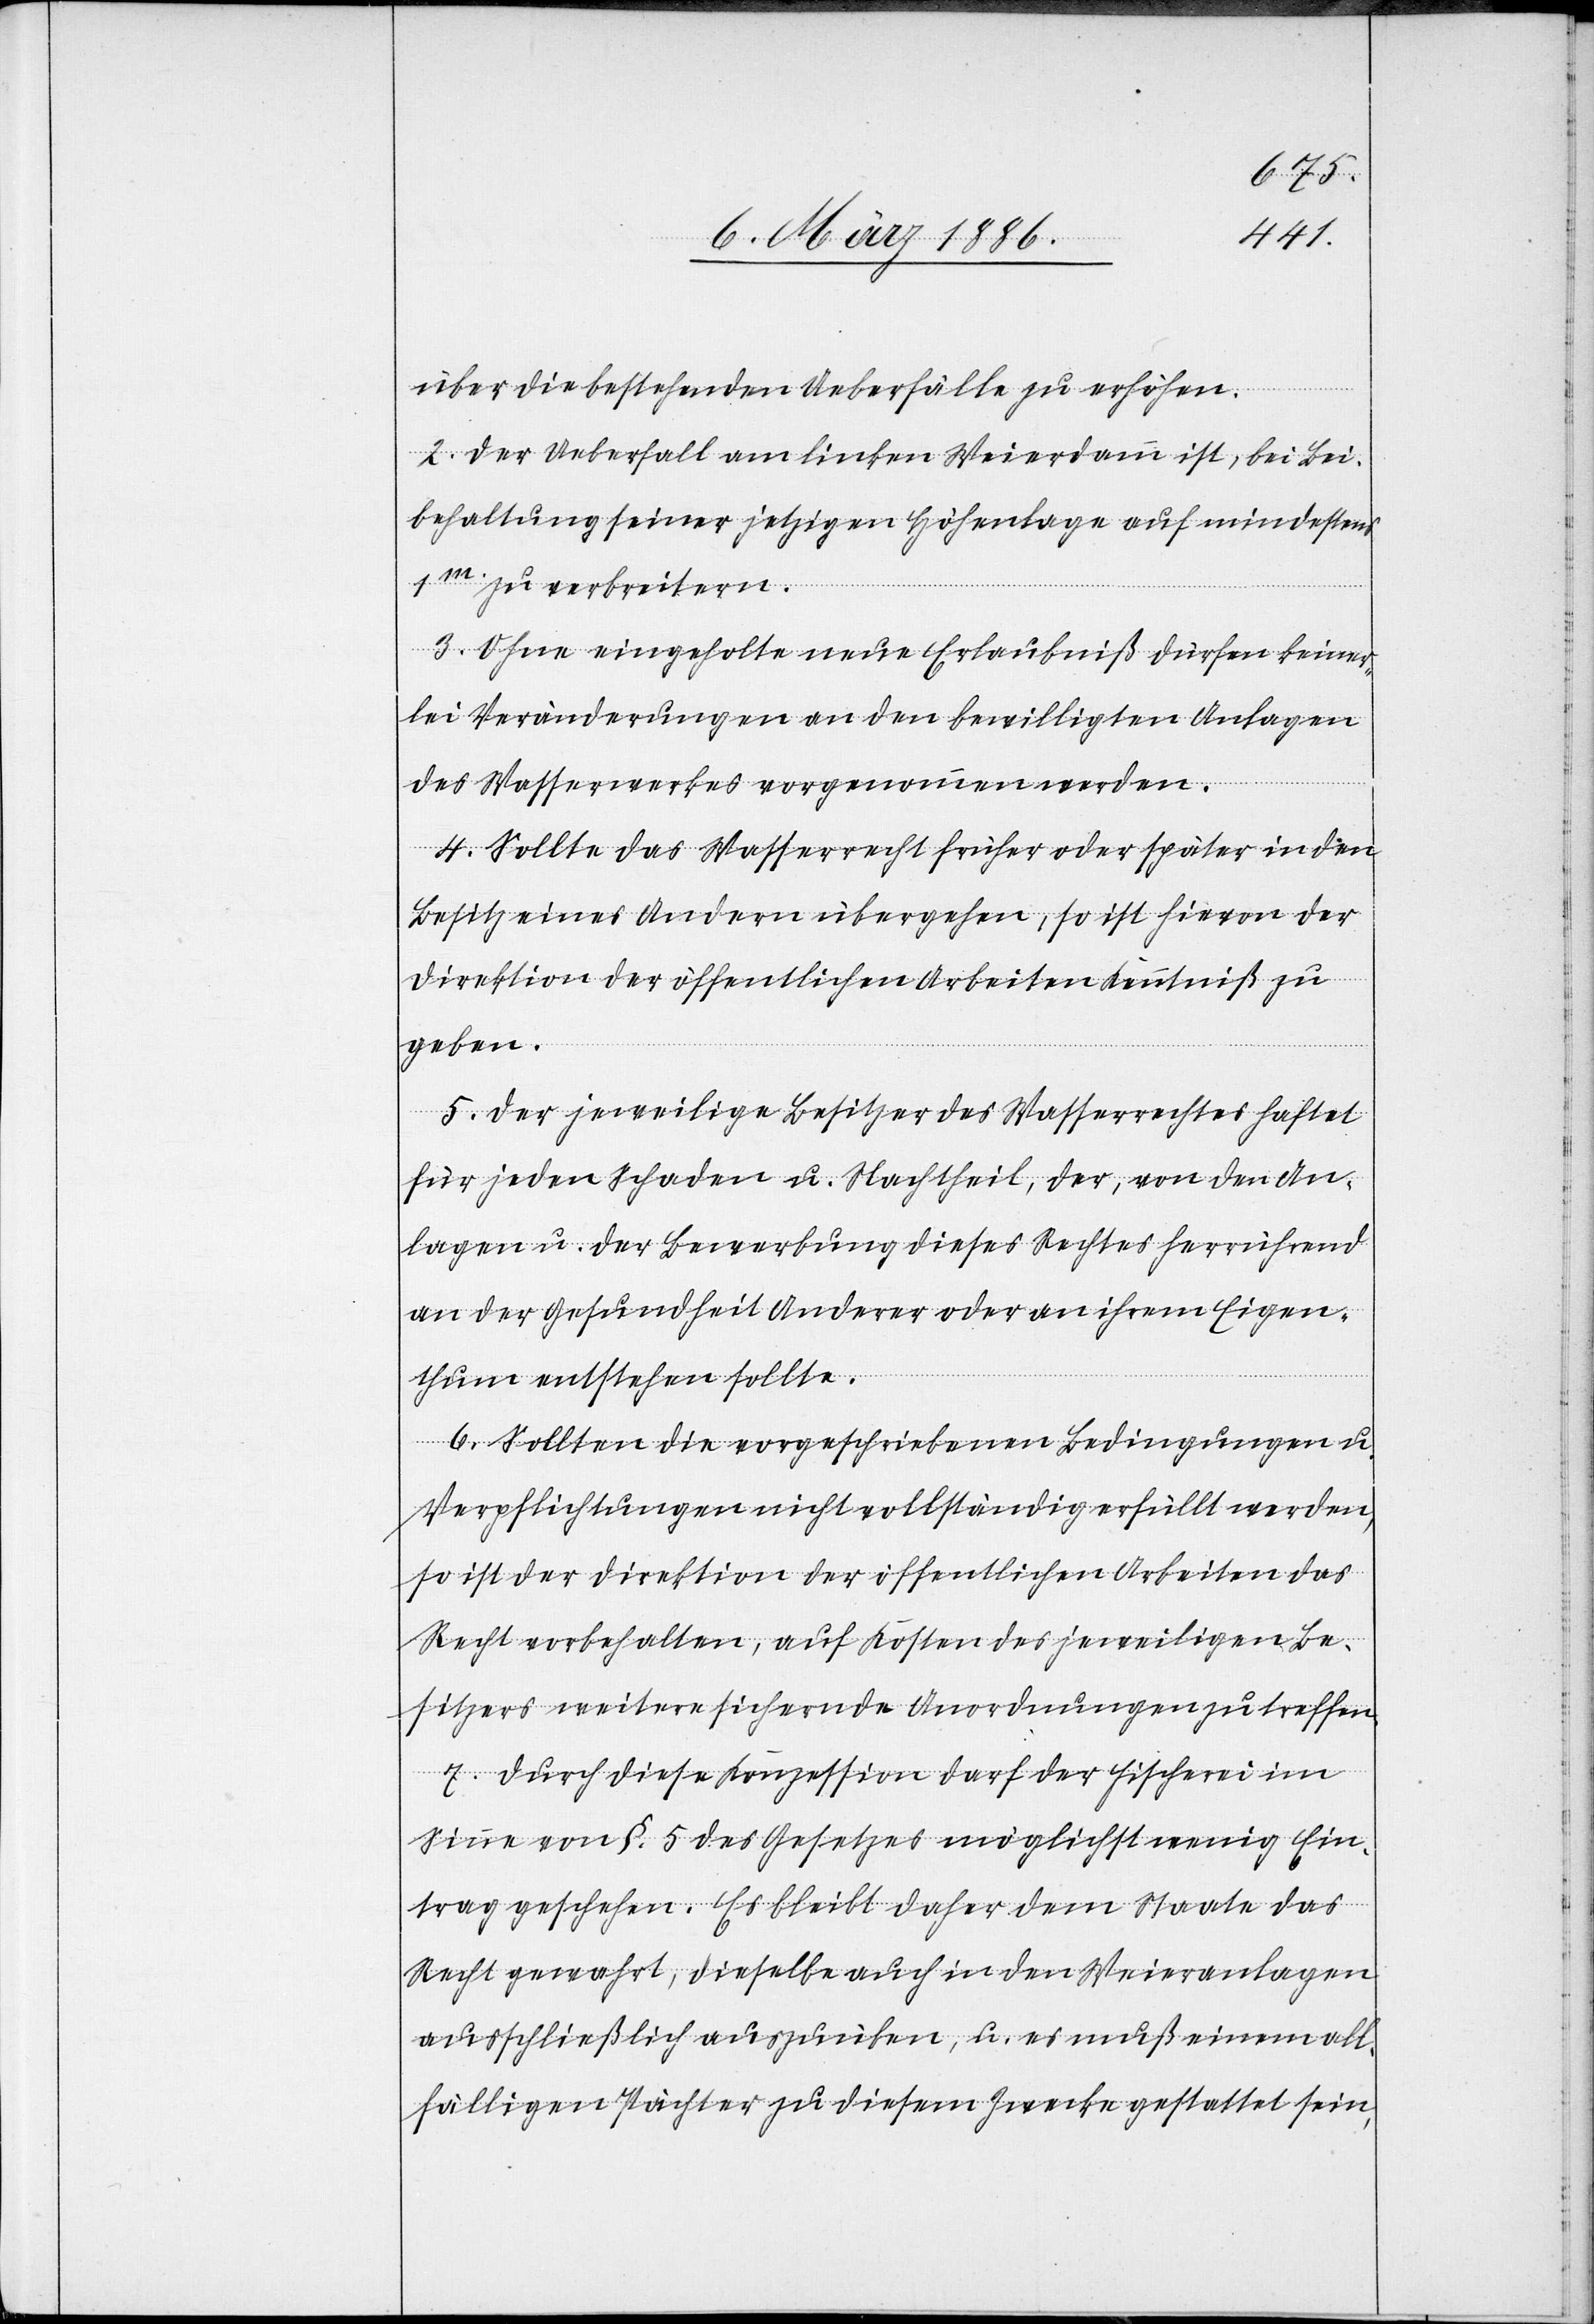
über die bestehenden Ueberfälle zu erhöhen.
2. Der Ueberfall am linken Weierdamm ist, bei Bei¬
behaltung seiner jetzigen Höhenlage auf mindestens
1m. zu verbreitern.
3. Ohne eingeholte neue Erlaubniß dürfen keiner¬
lei Veränderungen an den bewilligten Anlagen
des Wasserwerkes vorgenommen werden.
4. Sollte das Wasserrecht früher oder später in den
Besitz eines Andern übergehen, so ist hievon der
Direktion der öffentlichen Arbeiten Kenntniß zu
geben.
5. Der jeweilige Besitzer des Wasserrechtes haftet
für jeden Schaden u. Nachtheil, der, von den An¬
lagen u. der Bewerbung dieses Rechtes herrührend
an der Gesundheit Anderer oder an ihrem Eigen¬
thum entstehen sollte.
6. Sollten die vorgeschriebenen Bedingungen u.
Verpflichtungen nicht vollständig erfüllt werden,
so ist der Direktion der öffentlichen Arbeiten das
Recht vorbehalten, auf Kosten des jeweiligen Be¬
sitzers weitere sichernde Anordnungen zu treffen.
7. Durch diese Konzession darf der Fischerei im
Sinne von §. 5 des Gesetzes möglichst wenig Ein¬
trag geschehen. Es bleibt daher dem Statte das
Recht gewahrt, dieselbe auch in den Weieranlagen
ausschließlich auszuüben, u. es muß einem all¬
fälligen Pächter zu diesem Zwecke gestattet sein,